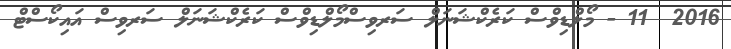
2016  11 - މޯލްޑިވްސް ކަރެކްޝަނަލް ސަރވިސްމޯލްޑިވްސް ކަރެކްޝަނަލް ސަރވިސް އައިކޯސްޓް